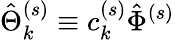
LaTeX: \hat{\Theta}_{k}^{(s)}\equiv c_{k}^{(s)}\hat{\Phi}^{(s)}